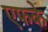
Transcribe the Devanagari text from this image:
एफके